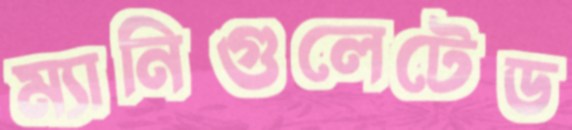
ম্যানিগুলেটেড